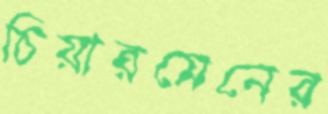
চিয়ারমেনের